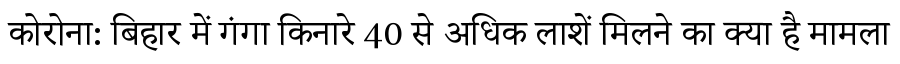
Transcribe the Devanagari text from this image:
कोरोना: बिहार में गंगा किनारे 40 से अधिक लाशें मिलने का क्या है मामला